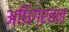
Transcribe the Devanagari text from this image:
अधिग्रहन